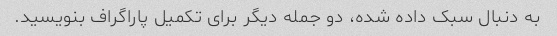
به دنبال سبک داده شده، دو جمله دیگر برای تکمیل پاراگراف بنویسید.